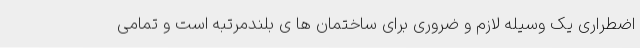
اضطراری یک وسیله لازم و ضروری برای ساختمان ها ی بلندمرتبه است و تمامی